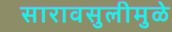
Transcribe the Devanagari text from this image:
सारावसुलीमुळे